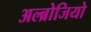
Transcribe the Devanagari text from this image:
अल्ब्रोजियो